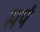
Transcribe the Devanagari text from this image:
सपं